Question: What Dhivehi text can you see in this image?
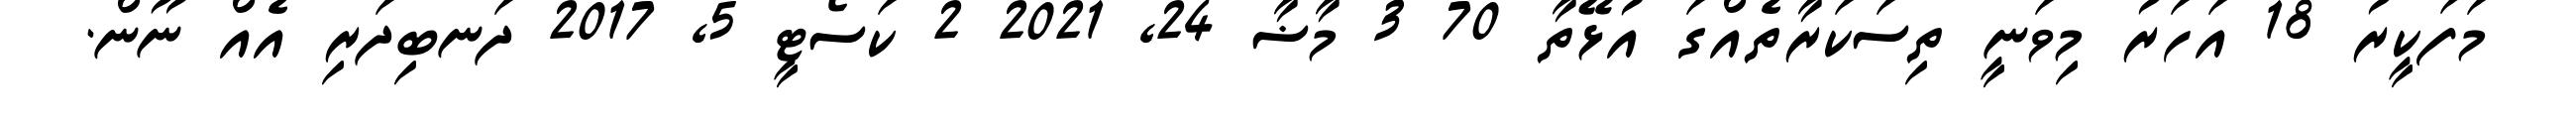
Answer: މަފަކީރު 18 އަހަރު މިވަނީ ތިސަކަރާތެއްގަ އުޅޭތާ 70 3 މާޟާ 24, 2021 2 ކަސޯޓީ 5, 2017 ދަނބިދަރި އެއް ނޫން.